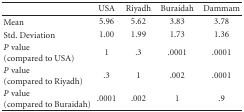
|  | USA | Riyadh | Buraidah | Dammam |
 | --- | --- | --- | --- | --- |
 | Mean | 5.96 | 5.62 | 3.83 | 3.78 |
 | Std. Deviation | 1.00 | 1.99 | 1.73 | 1.36 |
 | P value(compared to USA) | 1 | .3 | .0001 | .0001 |
 | P value(compared to Riyadh) | .3 | 1 | .002 | .0001 |
 | P value (compared to Buraidah) | .0001 | .002 | 1 | .9 |